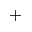
^ +